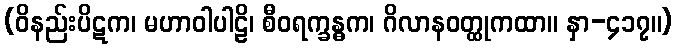
(ဝိနည်းပိဋက၊ မဟာဝါပါဠိ၊ စီဝရက္ခန္ဓက၊ ဂိလာနဝတ္ထုကထာ။ နှာ-၄၁၇။)